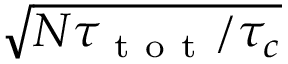
\sqrt { N \tau _ { \mathrm { ~ t ~ o ~ t ~ } } / \tau _ { c } }